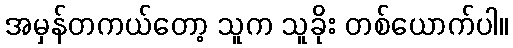
အမှန်တကယ်တော့ သူက သူခိုး တစ်ယောက်ပါ။